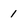
Character: 1